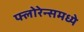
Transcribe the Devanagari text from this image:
फ्लोरेन्समध्ये